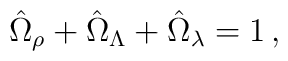
\hat{\Omega}_\rho+\hat{\Omega}_\Lambda+\hat{\Omega}_\lambda=1\,,